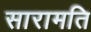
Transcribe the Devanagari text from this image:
सारामति